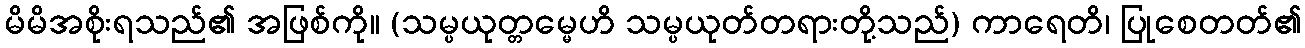
မိမိအစိုးရသည်၏ အဖြစ်ကို။ (သမ္ပယုတ္တမ္မေဟိ သမ္ပယုတ်တရားတို့သည်) ကာရေတိ၊ ပြုစေတတ်၏